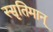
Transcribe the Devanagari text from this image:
स्सृतिमान्